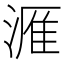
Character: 𪶫